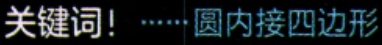
关键词！······圆内接四边形